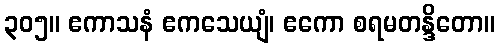
၃၀၅။ ဧကာသနံ ဧကသေယျံ၊ ဧကော စရမတန္ဒိတော။